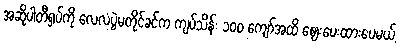
အဆိုပါတီရှပ်ကို လေလံပွဲမတိုင်ခင်က ကျပ်သိန်း ၁၀၀ ကျော်အထိ ဈေးပေးထားပေမယ့်